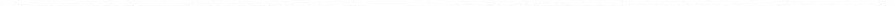
___